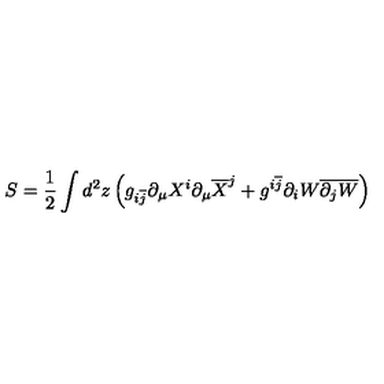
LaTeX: S = \frac { 1 } { 2 } \int d ^ { 2 } z \left( g _ { i \overline { { j } } } \partial _ { \mu } X ^ { i } \partial _ { \mu } \overline { { X } } ^ { j } + g ^ { i \overline { { j } } } \partial _ { i } W \overline { { \partial _ { j } W } } \right)